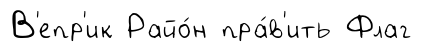
В'епр'ик Райо́н пра́в'ить Флаг